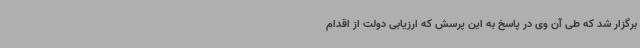
برگزار شد که طی آن وی در پاسخ به این پرسش که ارزیابی دولت از اقدام